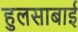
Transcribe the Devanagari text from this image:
हुलसाबाई